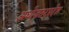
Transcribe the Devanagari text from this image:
अधोजठरप्रदेश